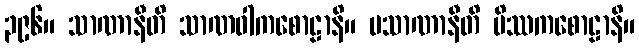
၃၉၆။ သာဏာနီတိ သာဏဝါကစောဠာနိ။ မသာဏာနီတိ မိဿကစောဠာနိ။